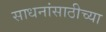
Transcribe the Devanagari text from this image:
साधनांसाठीच्या